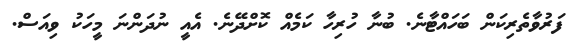
ފަރުވާތެރިކަން ބަހައްޓާނެ. ބުނާ ހުރިހާ ކަމެއް ކޮށްދޭނެ. އެއީ ނުދަންނަ މީހަކު ވިއަސް.